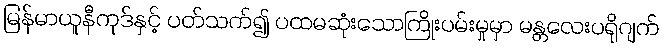
မြန်မာယူနီကုဒ်နှင့် ပတ်သက်၍ ပထမဆုံးသောကြိုးပမ်းမှုမှာ မန္တလေးပရိုဂျက်